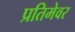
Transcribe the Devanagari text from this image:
प्रतिमेवर